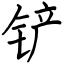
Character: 铲